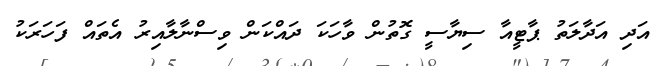
އަދި އަދާލަތު ޕާޓީއާ ސިޔާސީ ގޮތުން ވާހަކަ ދައްކަން ވިސްނާލާއިރު އެތައް ފަހަރަކު